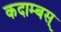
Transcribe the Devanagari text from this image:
कदाम्बस्